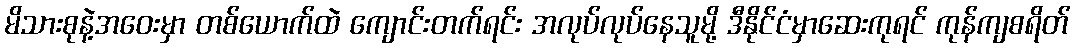
မိသားစုနဲ့အဝေးမှာ တစ်ယောက်ထဲ ကျောင်းတက်ရင်း အလုပ်လုပ်နေသူမို့ ဒီနိုင်ငံမှာဆေးကုရင် ကုန်ကျစရိတ်